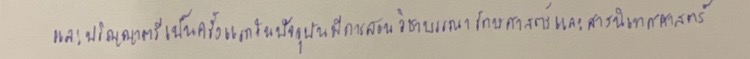
และปริญญาตรีเป็นครั้งแรกในปัจจุบันมีการสอนวิชาบรรณารักษศาสตร์และสารนิเทศศาสตร์